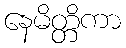
နေမိတ္တိကာ